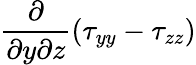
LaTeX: \frac{\partial}{\partial y\partial z}(\tau_{yy}-\tau_{zz})